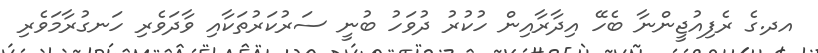
އދ.ގެ ރެފިއުޖީންނާ ބެހޭ އިދާރާއިން ހުކުރު ދުވަހު ބުނީ ސަރުކަރުތަކާއި ވާދަވެރި ހަނގުރާމަވެރި